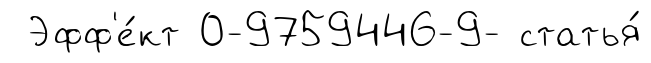
Эфф'е́кт 0-9759446-9- статья́